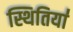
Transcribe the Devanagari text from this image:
स्थितिया॑